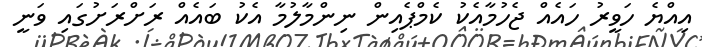
އިއްޔެ ހަވީރު ހައެއް ޖެހުމާއެކު ކެމްޕެއިން ނިންމާލުމާ އެކު ބައެއް ރަށްރަށުގައި ވަނީ